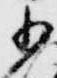
小